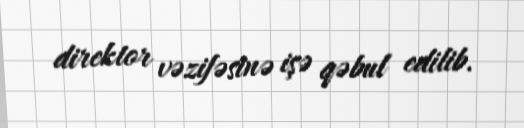
direktor vəzifəsinə işə qəbul edilib.